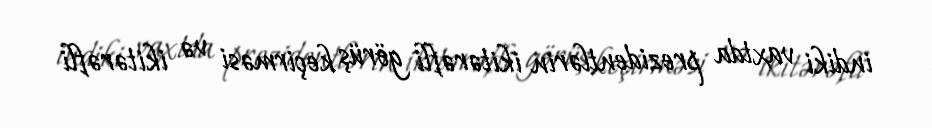
indiki vaxtda prezidentlərin ikitərəfli görüş keçirməsi və ikitərəfli